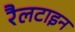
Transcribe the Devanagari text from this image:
रैलटाइन